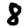
Digit: 8